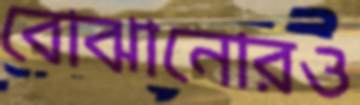
বোঝানোরও